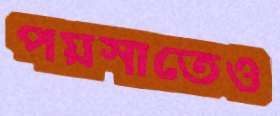
পয়সাতেও